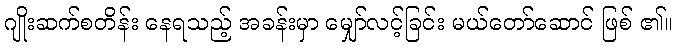
ဂျိုးဆက်စတိန်း နေရသည့် အခန်းမှာ မျှော်လင့်ခြင်း မယ်တော်ဆောင် ဖြစ် ၏။